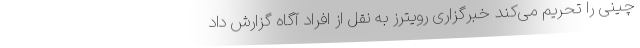
چینی را تحریم می‌کند خبرگزاری رویترز به نقل از افراد آگاه گزارش داد